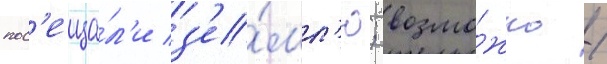
пос'еща́л'и з'е́мл'ю; возмо́жно /